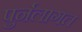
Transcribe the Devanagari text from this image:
पुर्नलागत